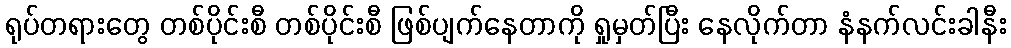
ရုပ်တရားတွေ တစ်ပိုင်းစီ တစ်ပိုင်းစီ ဖြစ်ပျက်နေတာကို ရှုမှတ်ပြီး နေလိုက်တာ နံနက်လင်းခါနီး